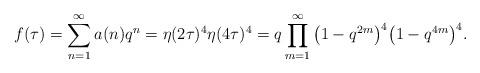
LaTeX: \begin{align*}f(\tau)=\sum_{n=1}^\infty a(n)q^n=\eta(2\tau)^4\eta(4\tau)^4=q\prod_{m=1}^\infty\big(1-q^{2m}\big)^4\big(1-q^{4m}\big)^4.\end{align*}